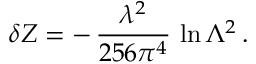
\delta Z = - \, \frac { \lambda ^ { 2 } } { 2 5 6 \pi ^ { 4 } } \, \ln \Lambda ^ { 2 } \, .